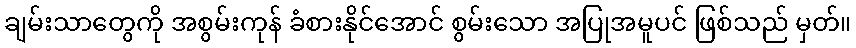
ချမ်းသာတွေကို အစွမ်းကုန် ခံစားနိုင်အောင် စွမ်းသော အပြုအမူပင် ဖြစ်သည် မှတ်။